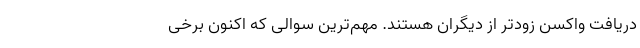
دریافت واکسن زودتر از دیگران هستند. مهم‌ترین سوالی که اکنون برخی